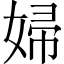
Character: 婦